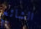
الشائع